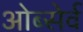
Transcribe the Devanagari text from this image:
ओब्सेर्व